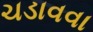
ચડાવવા